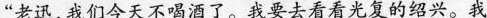
“老迅，我们今天不喝酒了。我要去看看光复的绍兴。我